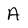
Character: A